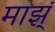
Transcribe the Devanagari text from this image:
माझ्ं